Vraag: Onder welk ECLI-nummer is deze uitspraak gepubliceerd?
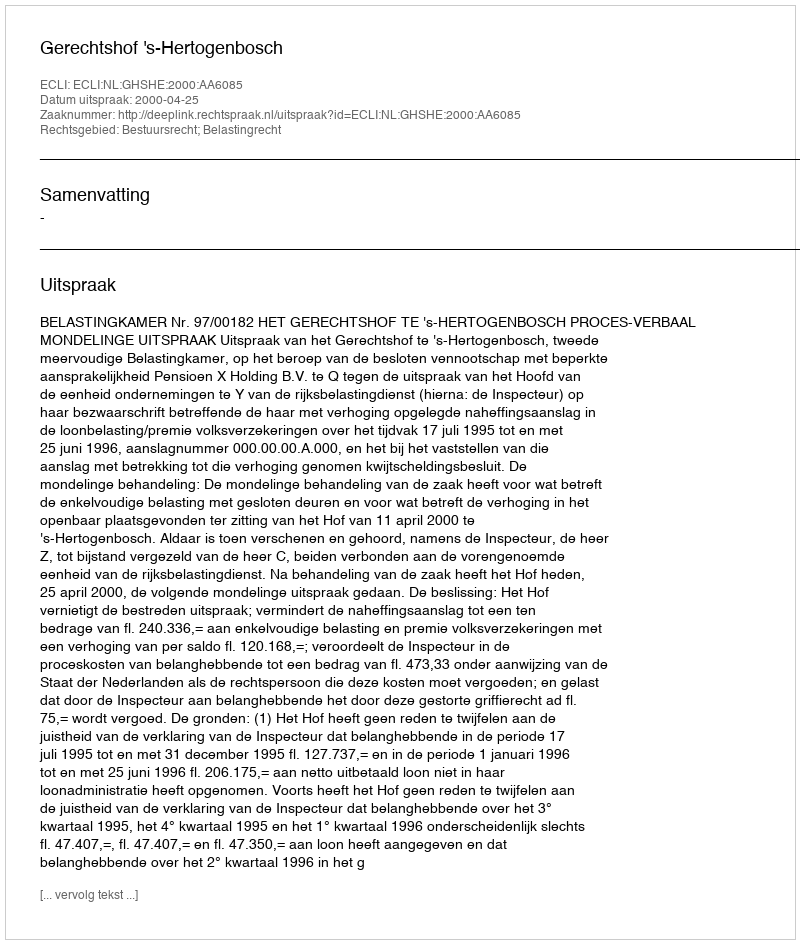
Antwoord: ECLI:NL:GHSHE:2000:AA6085